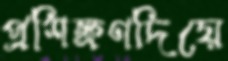
প্রশিক্ষণদিয়ে